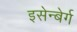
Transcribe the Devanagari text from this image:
इसेन्बेर्ग